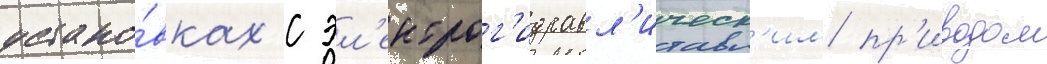
устано́вках с эл'ектрог'идравл'ическ'им пр'иводом